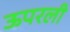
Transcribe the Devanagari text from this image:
ऊपरली